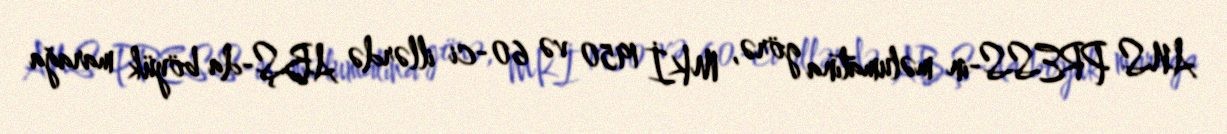
ANS PRESS-in məlumatına görə, MKİ 1950 və 60-ci illərdə ABŞ-da böyük marağa